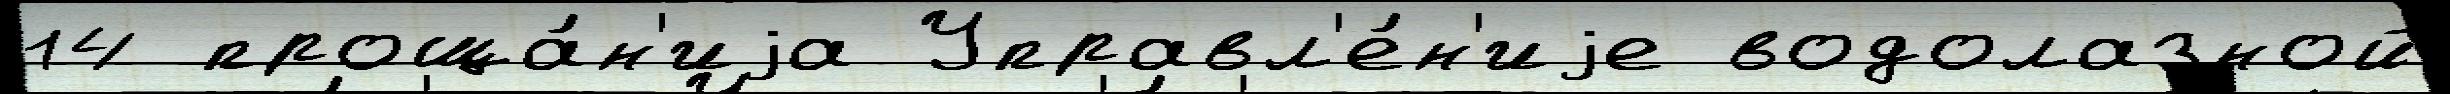
14 проща́н'иjа Управл'е́н'иjе водолазной